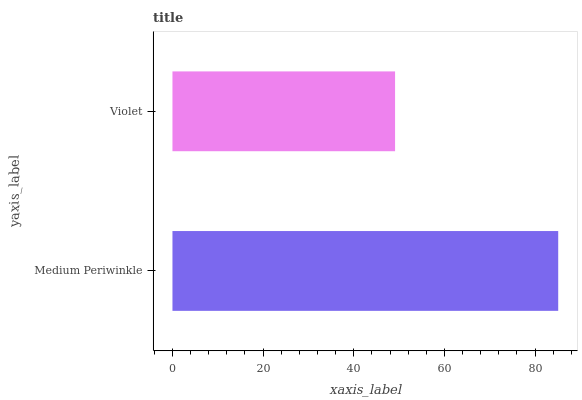
| yaxis_label | bars |
 | --- | --- |
 | Medium Periwinkle | 85.1 |
 | Violet | 49.1 |